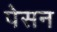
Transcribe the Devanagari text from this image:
पेसन